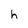
Character: h